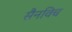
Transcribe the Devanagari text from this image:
सैनविच